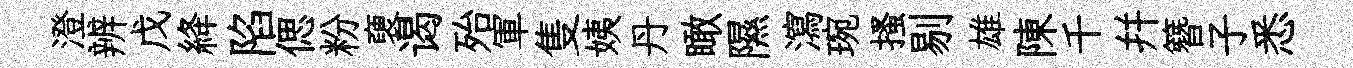
澄辨戊絳陷偲粉褏谒殆軍隻姨丹瞰隰瀉琬搔剔雄陳千幷簪子悉